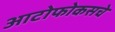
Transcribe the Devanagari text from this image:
आटोफोकसचे